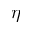
\eta